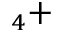
_ 4 +